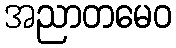
အညာတမေဝ